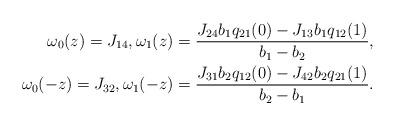
LaTeX: \begin{align*} \omega_0(z) = J_{14}, \omega_1(z) = \frac{J_{24} b_1 q_{21}(0) - J_{13} b_1 q_{12}(1)}{b_1-b_2}, \\ \omega_0(-z) = J_{32}, \omega_1(-z) = \frac{J_{31} b_2 q_{12}(0) - J_{42} b_2 q_{21}(1)}{b_2-b_1}.\end{align*}